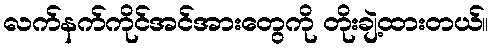
လက်နက်ကိုင်အင်အားတွေကို တိုးချဲ့ထားတယ်။